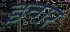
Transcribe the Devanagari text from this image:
इन्गर